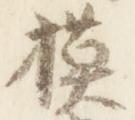
模